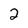
Character: 2